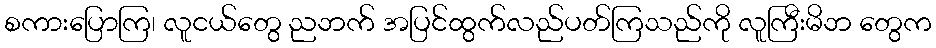
စကားပြောကြ၊ လူငယ်တွေ ညဘက် အပြင်ထွက်လည်ပတ်ကြသည်ကို လူကြီးမိဘ တွေက